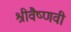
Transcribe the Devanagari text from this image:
श्रीवैष्णवी